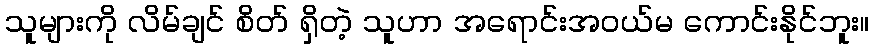
သူများကို လိမ်ချင် စိတ် ရှိတဲ့ သူဟာ အရောင်းအဝယ်မ ကောင်းနိုင်ဘူး။